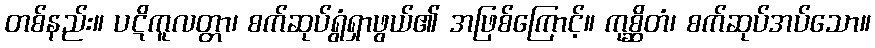
တစ်နည်း။ ပဋိကူလတ္တာ၊ စက်ဆုပ်ရွံရှာဖွယ်၏ အဖြစ်ကြောင့်။ ကုစ္ဆိတံ၊ စက်ဆုပ်အပ်သော။